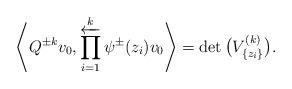
LaTeX: \begin{gather*}\left\langle Q^{\pm k}v_{0}, \mathop{\overleftarrow\prod}\limits_{i=1}^{k}\psi^{\pm}(z_{i})v_{0}\right\rangle= \det\big(V^{(k)}_{\{z_{i}\}}\big).\end{gather*}